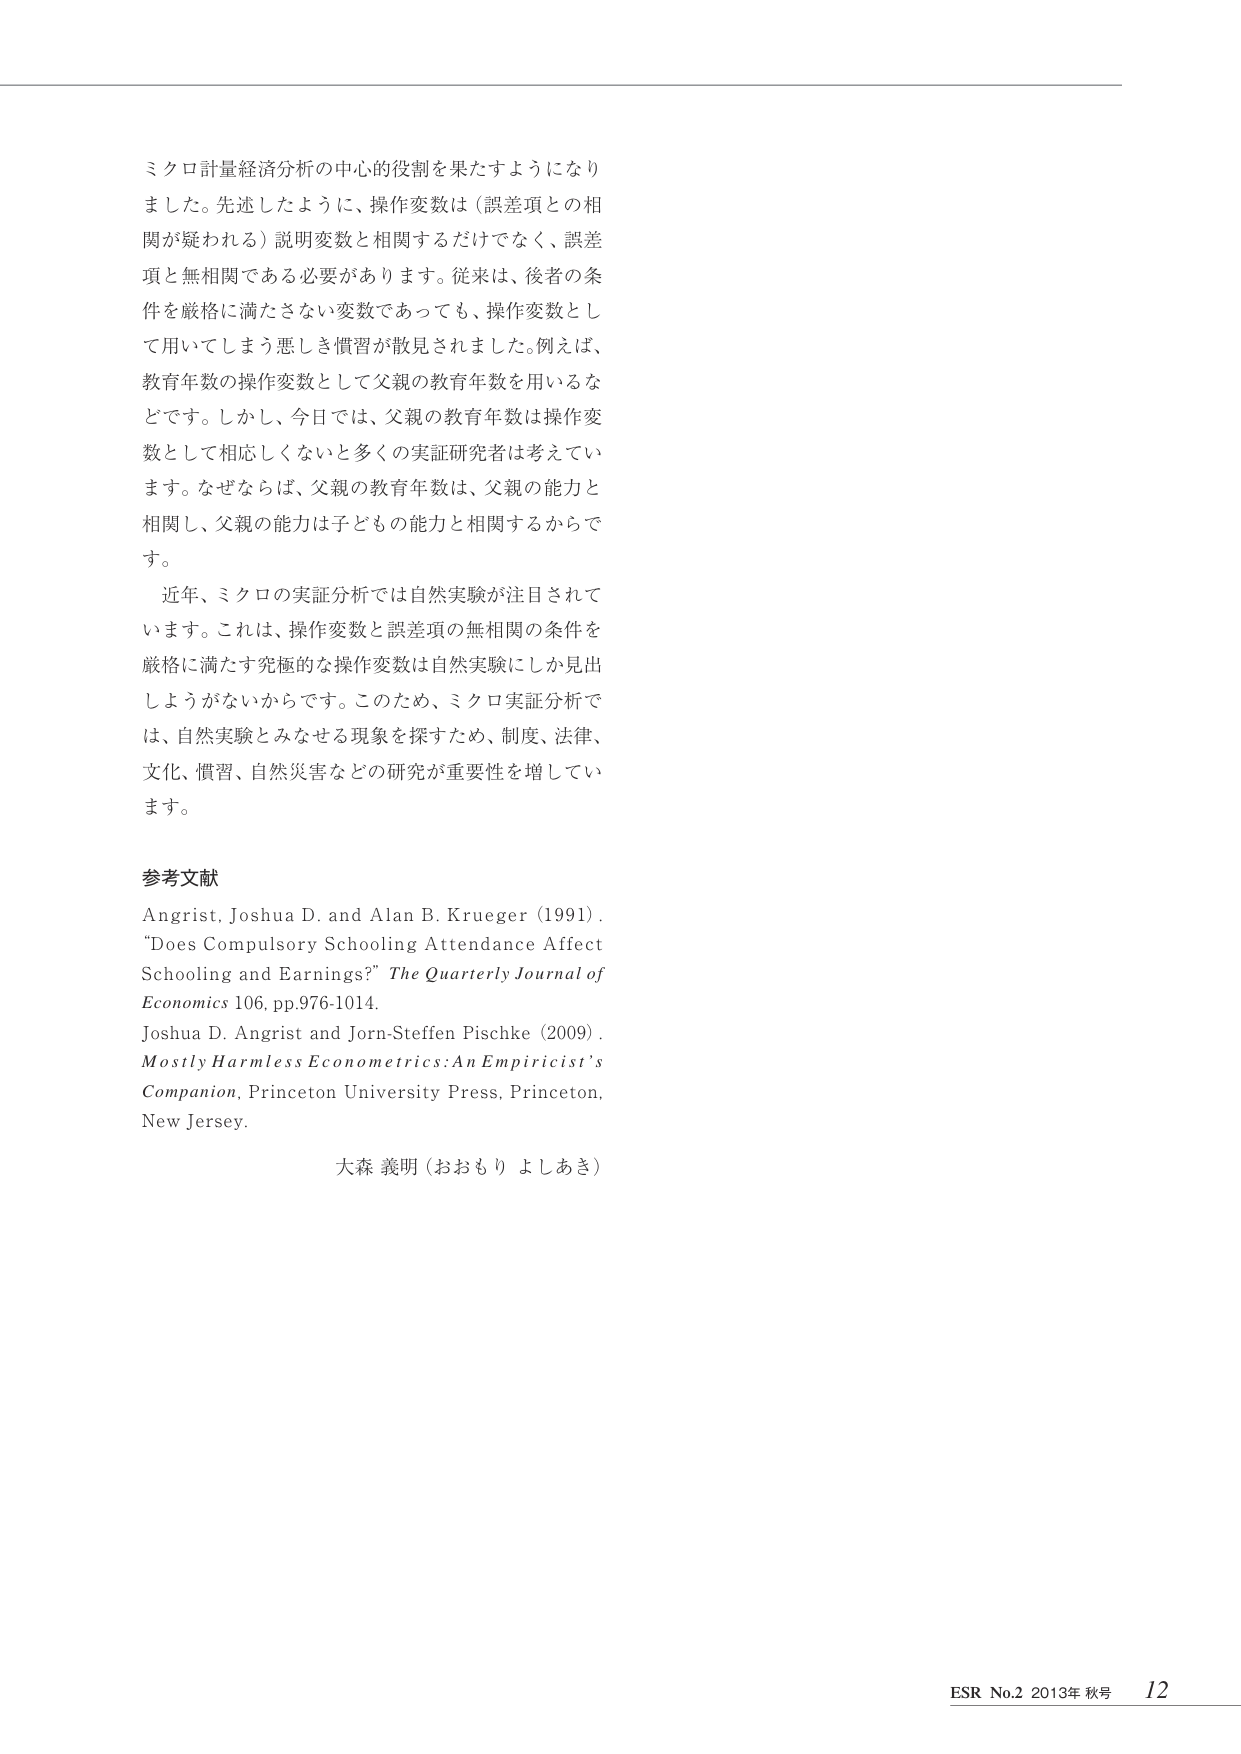
ミクロ計量経済分析の中心的役割を果たすようになり
ました。先述したように、操作変数は（誤差項との相
関が疑われる）説明変数と相関するだけでなく、誤差
項と無相関である必要があります。従来は、後者の条
件を厳格に満たさない変数であっても、操作変数とし
て用いてしまう悪しき慣習が散見されました。例えば、
教育年数の操作変数として父親の教育年数を用いるな
どです。しかし、今日では、父親の教育年数は操作変
数として相応しくないと多くの実証研究者は考えてい
ます。なぜならば、父親の教育年数は、父親の能力と
相関し、父親の能力は子どもの能力と相関するからで
す。

近年、ミクロの実証分析では自然実験が注目されて
います。これは、操作変数と誤差項の無相関の条件を
厳格に満たす究極的な操作変数は自然実験にしか見出
しようがないからです。このため、ミクロ実証分析で
は、自然実験とみなせる現象を探すため、制度、法律、
文化、慣習、自然災害などの研究が重要性を増してい
ます。

参考文献
Angrist, Joshua D. and Alan B. Krueger (1991).
"Does Compulsory Schooling Attendance Affect
Schooling and Earnings?" The Quarterly Journal of
Economics 106, pp.976-1014.
Joshua D. Angrist and Jorn-Steffen Pischke (2009).
Mostly Harmless Econometrics: An Empiricist's
Companion, Princeton University Press, Princeton,
New Jersey.

大森 義明（おおもり よしあき）

ESR No.2 2013年 秋号 12